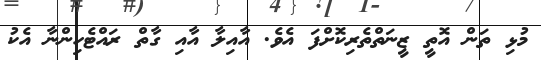
މުޅި ތަން އޮތީ ޒީނަތްތެރިކޮށްފަ އެވެ. އާއިލާ އާއި ގާތް ރައްޓެހިންނާ އެކު